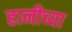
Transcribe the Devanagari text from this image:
हानीच्या